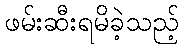
ဖမ်းဆီးရမိခဲ့သည့်